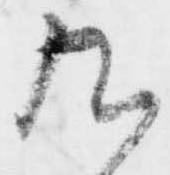
九